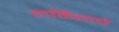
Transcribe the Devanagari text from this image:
लळिताचे